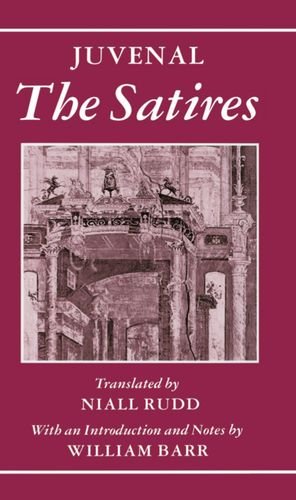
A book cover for The Satires (Oxford World's Classics); Juvenal; Humor & Entertainment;